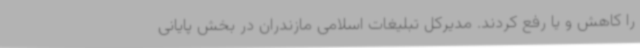
را کاهش و یا رفع کردند. مدیرکل تبلیغات اسلامی مازندران در بخش پایانی